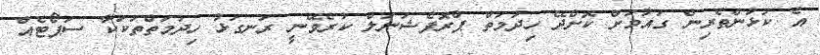
އެ ކުޅުންތެރިން ގައުމަށް ކޮށްދޭ ހިދުމަތް ޕްރޮފެޝަނަލް ކުރެވޭނީ ރަނގަޅު ހިދުމަތްތަކަކާ ސަޕޯޓެއް